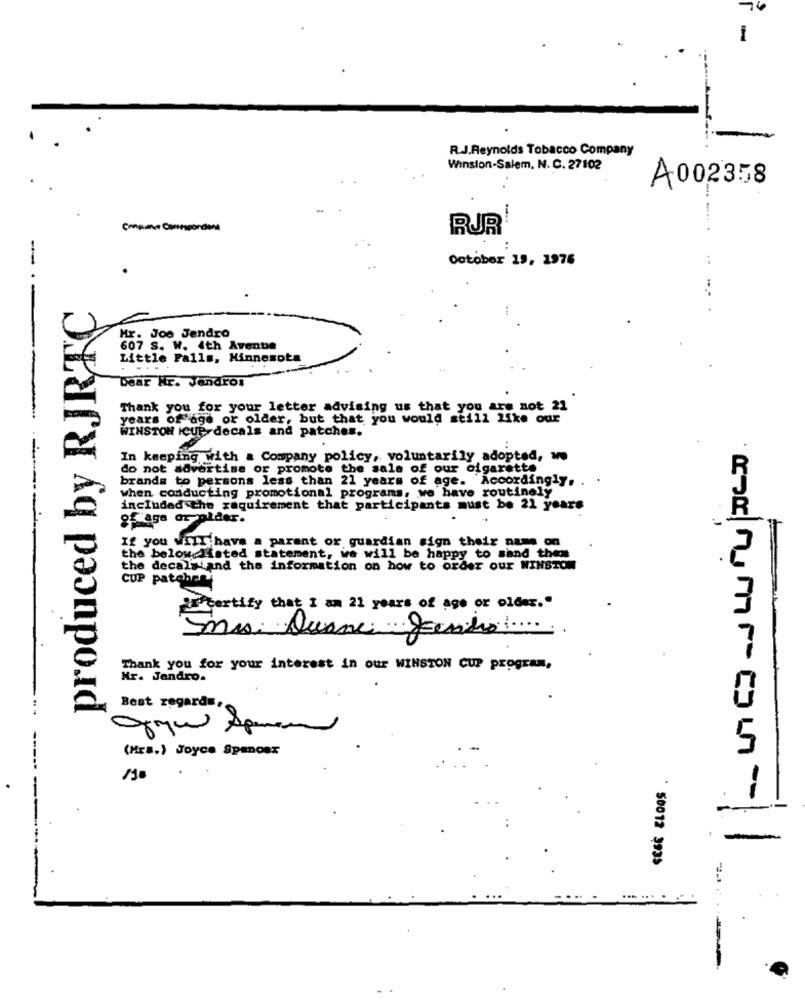
-
R.J.Reynolds Tobacco Company
Winston-Salem, N. C. 27102
.
A002358
Censure Correspondena
RUR!
October 15, 1976
-.-
produced by RJRTC
Hr. Joe Jendro
607 S. W. 4th Avenue
Little Falls, Hinnemota
....
Dear Hr. Jendros
Thank you for your letter advising us that you are not 21
years of age or older, but that you would still Like our
WINSTON CUP-decals and patches.
In keeping with a Company policy, voluntarily adopted, we
do not advertise or promote the sale of our cigarette
R
brands to persons less than 21 years of age. Accordingly. .
when conducting promotional programs, we have routinely
included the requirement that participants must be 21 years
OF age or pider.
If you will have a parent or guardian sign their name on
the below listed statement, we will be happy to sand them
the decals and the information on how to order our WINSTON
CUP
patchme
de certify that I am 21 years of age or older."
mrs. Quane gando .....
Thank you for your interest in our WINSTON CUP program,
Mr. Jandro.
Best regards,
Ogqw Speren
(Mrs.) Joyce Spanosx
. 50012 3935